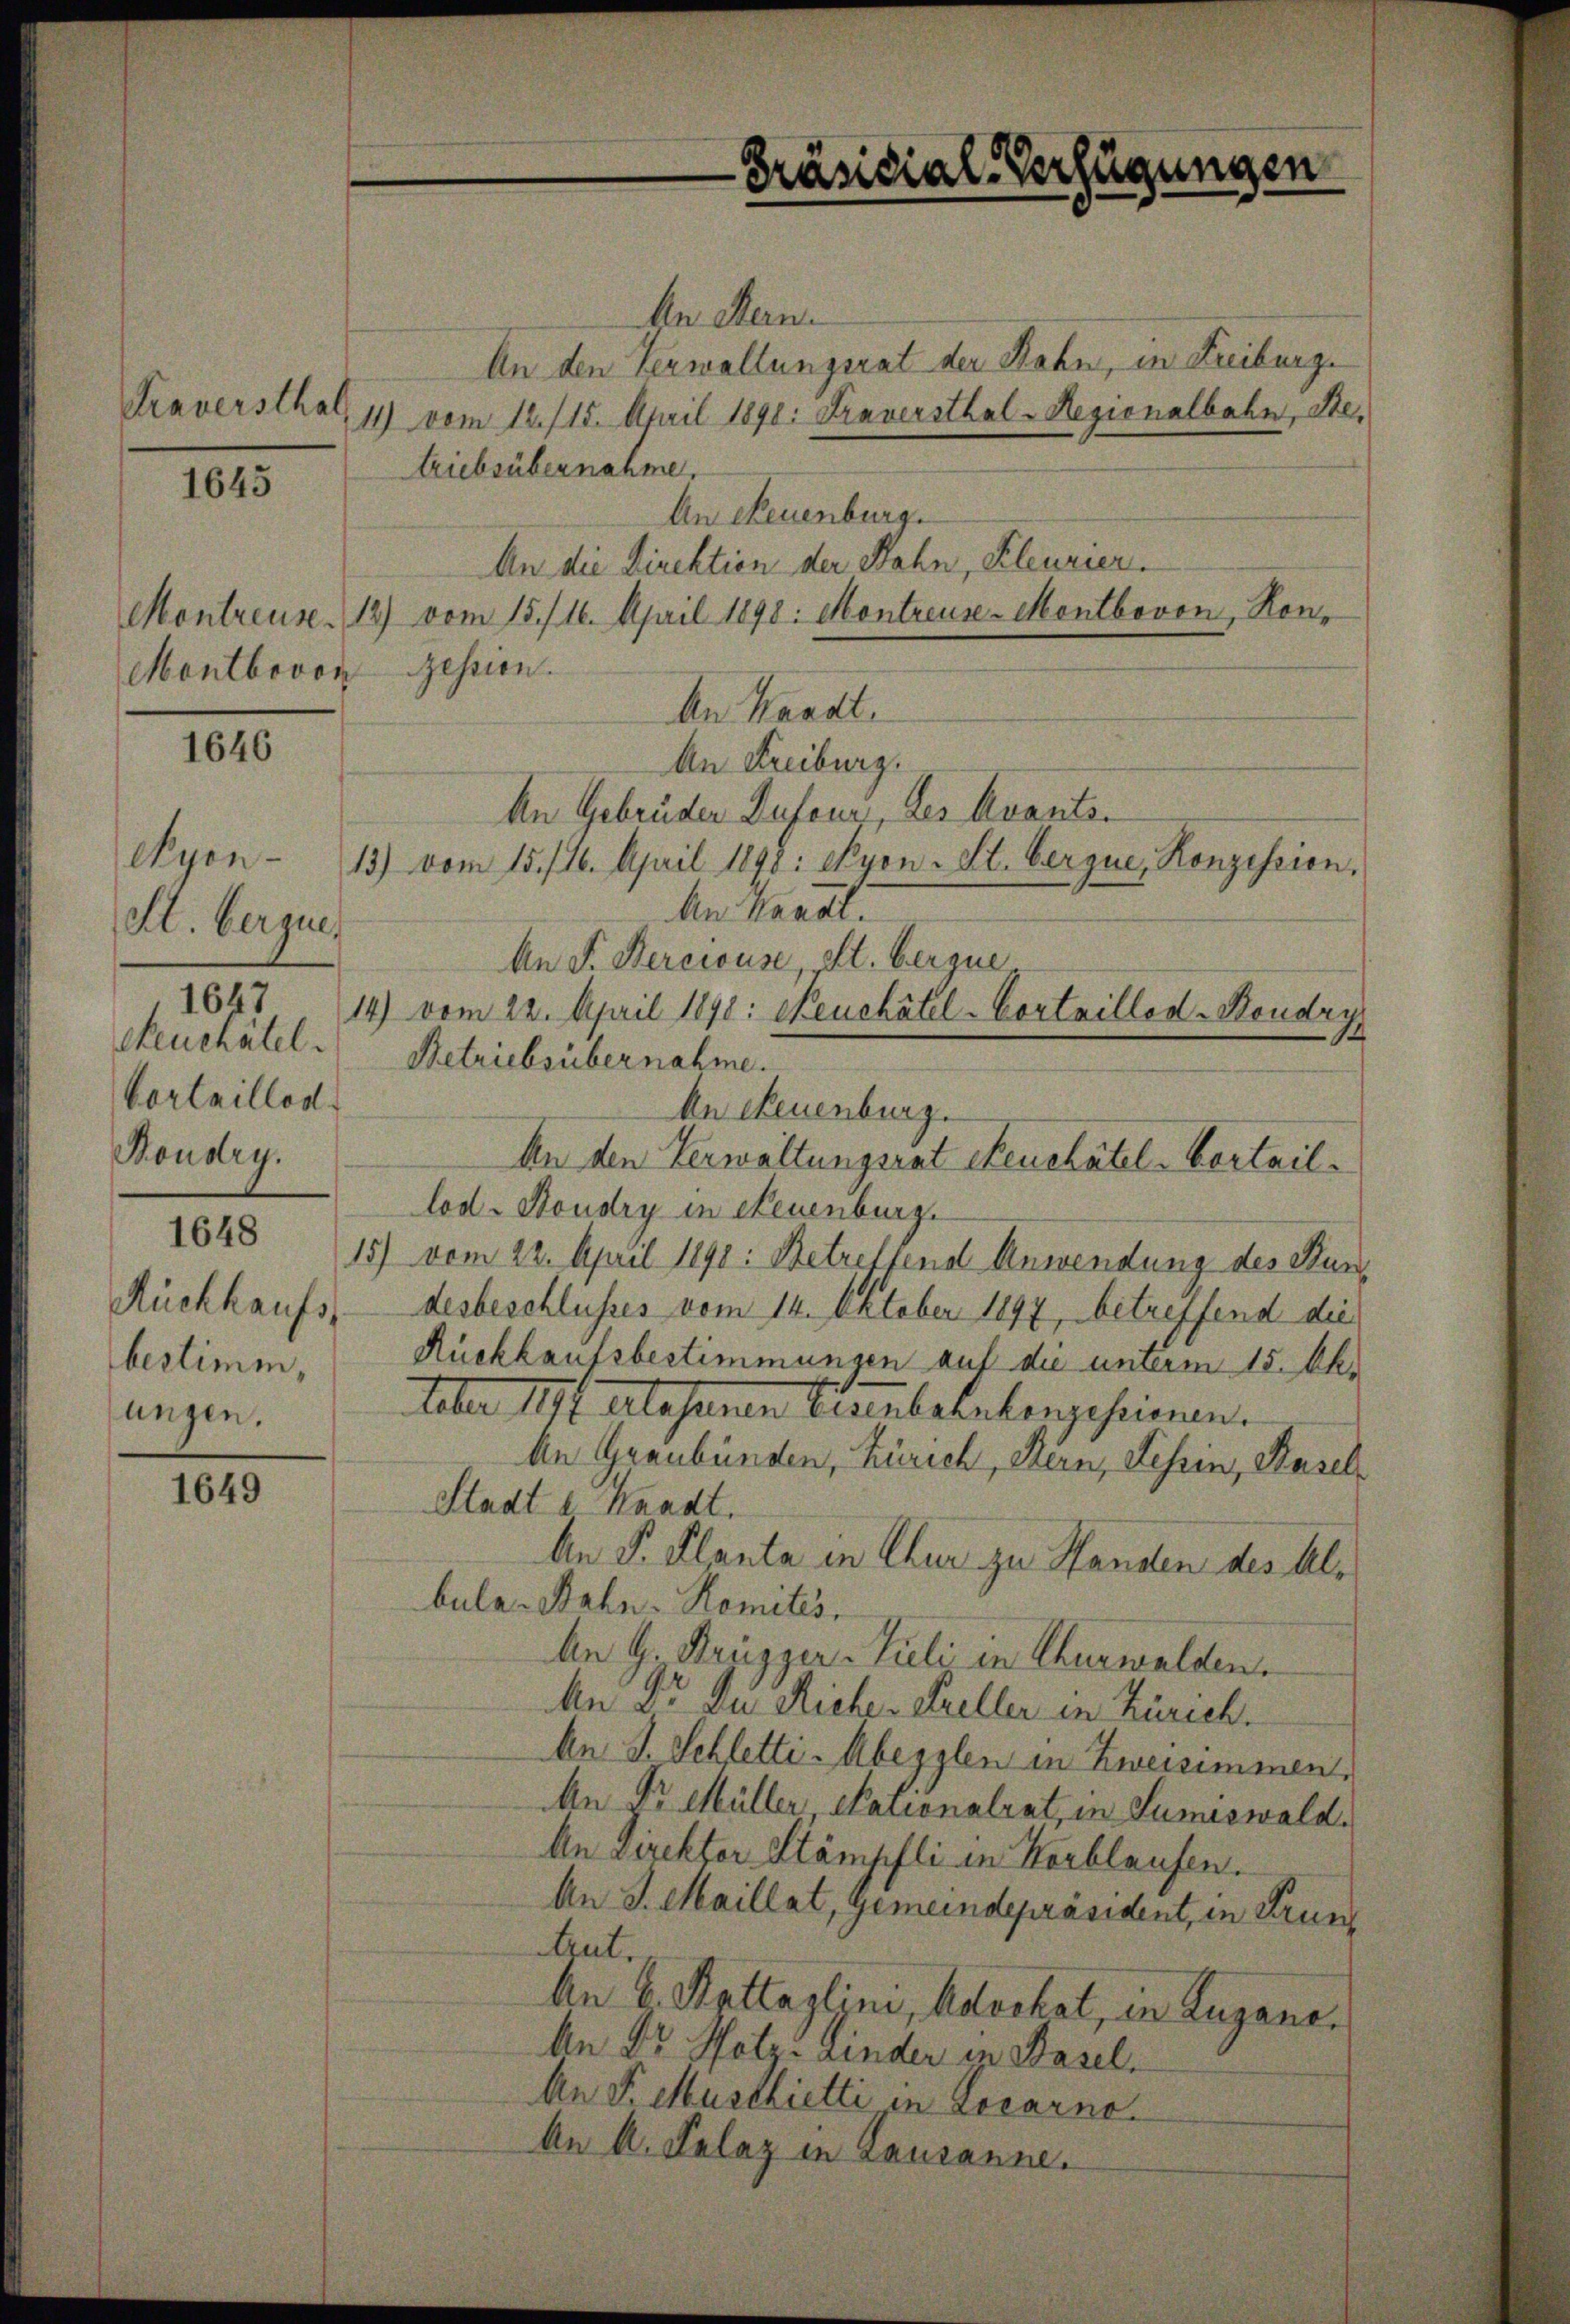
Traversthal,

1645

Montbovon

1646

1647

1649

Ayen¬
St. berque.
cheuchâtel.
Vortaillod
Boudry.
1648
Rückkaufs-
bestimm
lungen.

An Hern.
An den Verwaltungsrat der Rahn, in Freiburge
11) vom 12. 115. April 1890. Fraversthal-Regionalbahn, Ste
triebsübernahme.
An Neuenburg.
An die Direktion der Sohn, Kleurier.
Montreuse. 13) vom 15./10. April 1898: Montreuse-Montbovon, Hon¬
Gession.
An Waadt.
An Freiburg.
An Gebrüder Dufour, des Avants.
13) vom 15. 16. April 1898: Nyon- St. bergue, Konzession,
An Kanal
An F. Perciouse St. bergue
14) vom 22. April 1890: Neuchâtel - Cortaillod-Boudry
Betriebsübernahme.
An Neuenburg.
An den Verwaltungsrat Feuchatel-Vertaillod. Boudry in Neuenburg.
15) vom 22. April 1891: Betreffend Anwendung des Bundesbeschlusses vom 14. Oktober 1897, betreffend die
Rückkaufsbestimmungen auf die unterm 15. Aktober 1791 Alesenen Eisenbahnkonzesionen.
An Graubünden, Zürich, Bern, Tessin, Basel
Stadt u. Waadt.
An P. Planta in Chur zu Handen des Albula Bahn-Romités.
An G. Brüszer-Tieli in Churwalden.
An Dr. Du Miche. Keller in Zürich.
An S. Schletti-Aberglen in Zweisimmen,
An Fr Müller Nationalrat, in Sumiswald.
An Direkter Stämpfli in Horblaufen.
An J. Maillat, Gemeindepräsident, in Grun
Aut.
An 6. Kettaglini, Advokat, in Zugano,
An Dr. Hotz ander in Basel.
An P. Musthietti in Locarno
An A. Kelaz in Lausanne.

Präsidial-Verfügungen